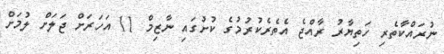
ނުރައްކާތެރި ހަތިޔާރު ރާއްޖެ އެތެރެކުރުމުގެ ކުށުގައި ނާޒިމް 11 އަހަރަށް ޖަލަށް ލުމަށް